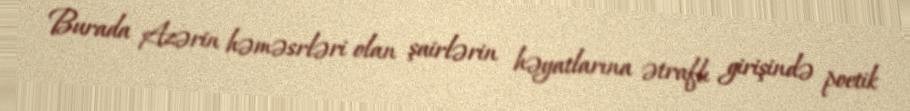
Burada Azərin həməsrləri olan şairlərin həyatlarına ətraflı girişində poetik